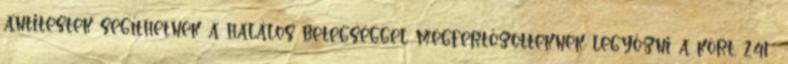
antitestek segíthetnek a halálos betegséggel megfertőzötteknek legyőzni a kórt. 241